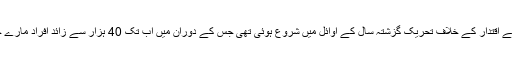
صدر اسد کے اقتدار کے خلاف تحریک گزشتہ سال کے اوائل میں شروع ہوئی تھی جس کے دوران میں اب تک 40 ہزار سے زائد افراد مارے جاچکےہیں۔